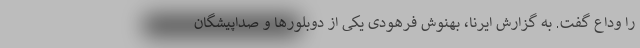
را وداع گفت. به گزارش ایرنا، بهنوش فرهودی یکی از دوبلورها و صداپیشگان